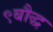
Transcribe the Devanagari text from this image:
९बौद्ध